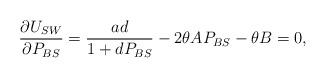
LaTeX: \begin{align*}\frac{\partial U_{SW}}{\partial P_{BS}} = \frac{a d }{1 + d P_{BS}} - 2 \theta A P_{BS} - \theta B = 0,\end{align*}